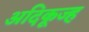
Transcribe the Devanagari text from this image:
अदिकूज्ह